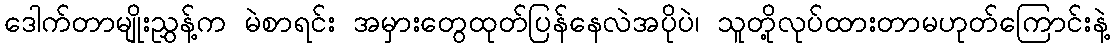
ဒေါက်တာမျိုးညွှန့်က မဲစာရင်း အမှားတွေထုတ်ပြန်နေလဲအပိုပဲ၊ သူတို့လုပ်ထားတာမဟုတ်ကြောင်းနဲ့